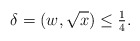
\begin{align*} \delta = (w,\sqrt x) \le \tfrac14 .\end{align*}